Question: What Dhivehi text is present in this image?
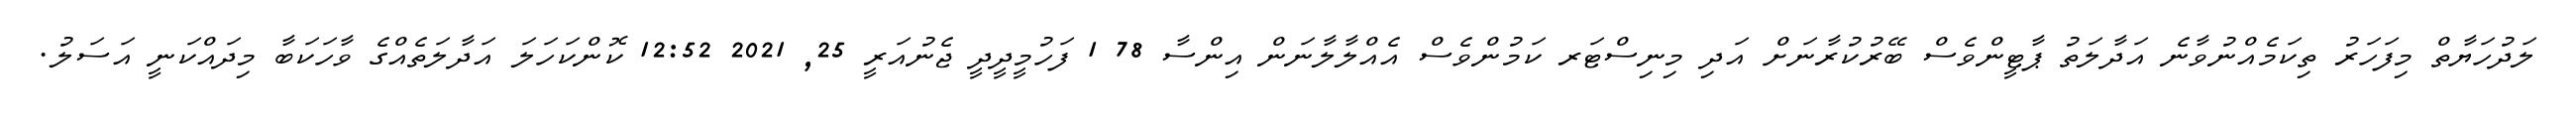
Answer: ލަދުހަޔާތް މިފަހަރު ތިކަމެއްނުވާނެ އަދާލަތު ޕާޓީންވެސް ބޭރުކުރާނަށް އަދި މިނިސްޓަރ ކަމުންވެސް އެއްލާލާނަން އިންސާ 78 1 ފަހުމީދީދީ ޖެނުއަރީ 25, 2021 12:52 ކޮންކަހަލަ އަދާލަތެއްގެ ވާހަކަބާ މިދައްކަނީ އަސަލު.